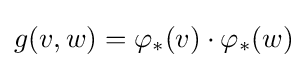
g(v,w)=\varphi _{*}(v)\cdot \varphi _{*}(w)